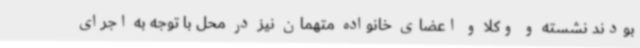
بودند نشسته و وکلا و اعضای خانواده متهمان نیز در محل با توجه به اجرای